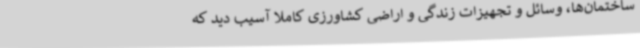
ساختمان‌ها، وسائل و تجهیزات زندگی و اراضی کشاورزی کاملا آسیب دید که